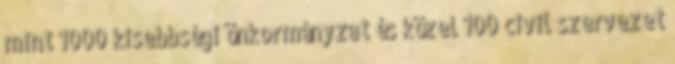
mint 1000 kisebbségi önkormányzat és közel 100 civil szervezet